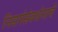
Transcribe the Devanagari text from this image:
निसर्गसंवर्धनाचे